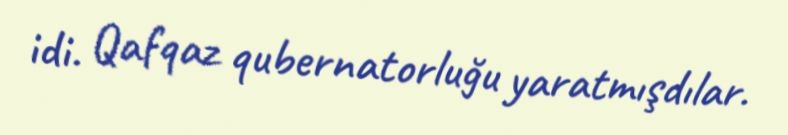
idi. Qafqaz qubernatorluğu yaratmışdılar.